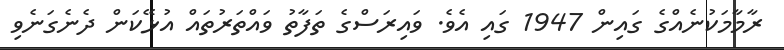
ރާމާމަކުނެއްގެ ގައިން 1947 ގައި އެވެ. ވައިރަސްގެ ތަފާތު ވައްތަރުތައް އުޅޭކަން ދެނެގަނެވި